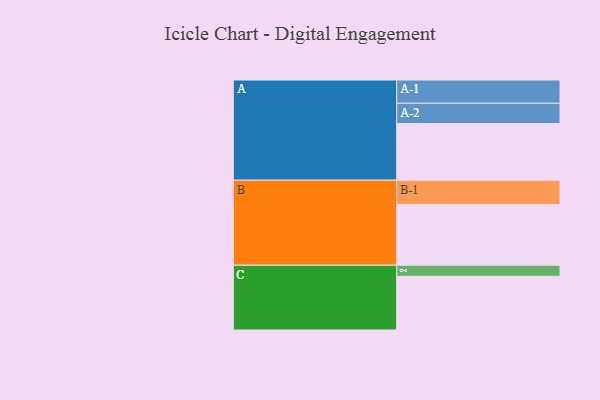
{"axis": {"x": "Segment", "y": "Value"}, "legend": ["", "A", "B", "C"], "data": [{"x": "A", "y": 465, "type": ""}, {"x": "B", "y": 499, "type": ""}, {"x": "C", "y": 441, "type": ""}, {"x": "A-1", "y": 191, "type": "A"}, {"x": "A-2", "y": 167, "type": "A"}, {"x": "B-1", "y": 199, "type": "B"}, {"x": "C-1", "y": 91, "type": "C"}]}